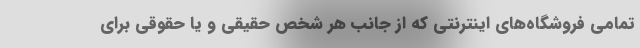
تمامی فروشگاه‌های اینترنتی که از جانب هر شخص حقیقی و یا حقوقی برای